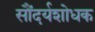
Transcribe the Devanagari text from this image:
सौंदर्यशोधक